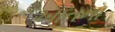
ખાતના